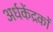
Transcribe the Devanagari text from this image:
अर्धकेंद्रकों